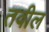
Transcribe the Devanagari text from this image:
तवील